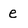
Character: e